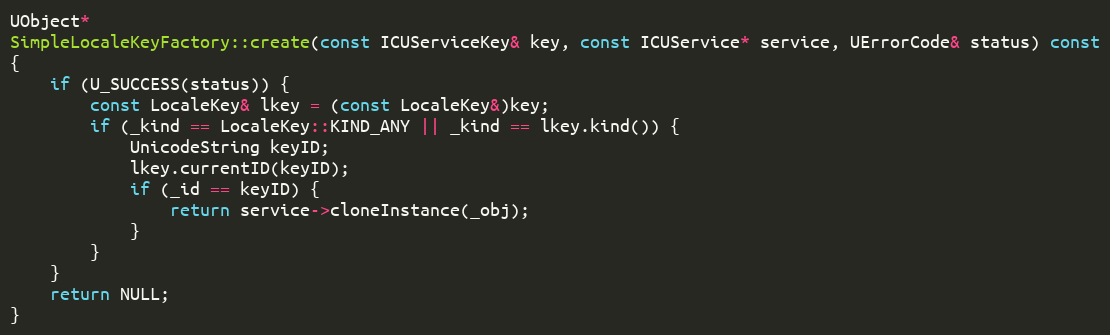
Language: C++
UObject*
SimpleLocaleKeyFactory::create(const ICUServiceKey& key, const ICUService* service, UErrorCode& status) const
{
    if (U_SUCCESS(status)) {
        const LocaleKey& lkey = (const LocaleKey&)key;
        if (_kind == LocaleKey::KIND_ANY || _kind == lkey.kind()) {
            UnicodeString keyID;
            lkey.currentID(keyID);
            if (_id == keyID) {
                return service->cloneInstance(_obj);
            }
        }
    }
    return NULL;
}